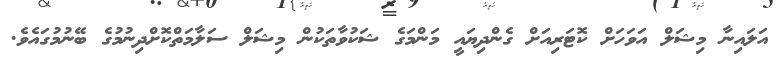
އަލައިނާ މިޝަލް އަވަހަށް ކޮޓަރިއަށް ގެންދިޔައީ މަންމަގެ ޝަކުވާތަކުން މިޝަލް ސަލާމަތްކޮށްދިނުމުގެ ބޭނުމުގައެވެ.